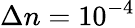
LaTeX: \Delta n=10^{-4}